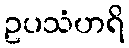
ဥပသံဟရိ